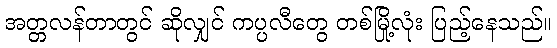
အတ္တလန်တာတွင် ဆိုလျှင် ကပ္ပလီတွေ တစ်မြို့လုံး ပြည့်နေသည်။